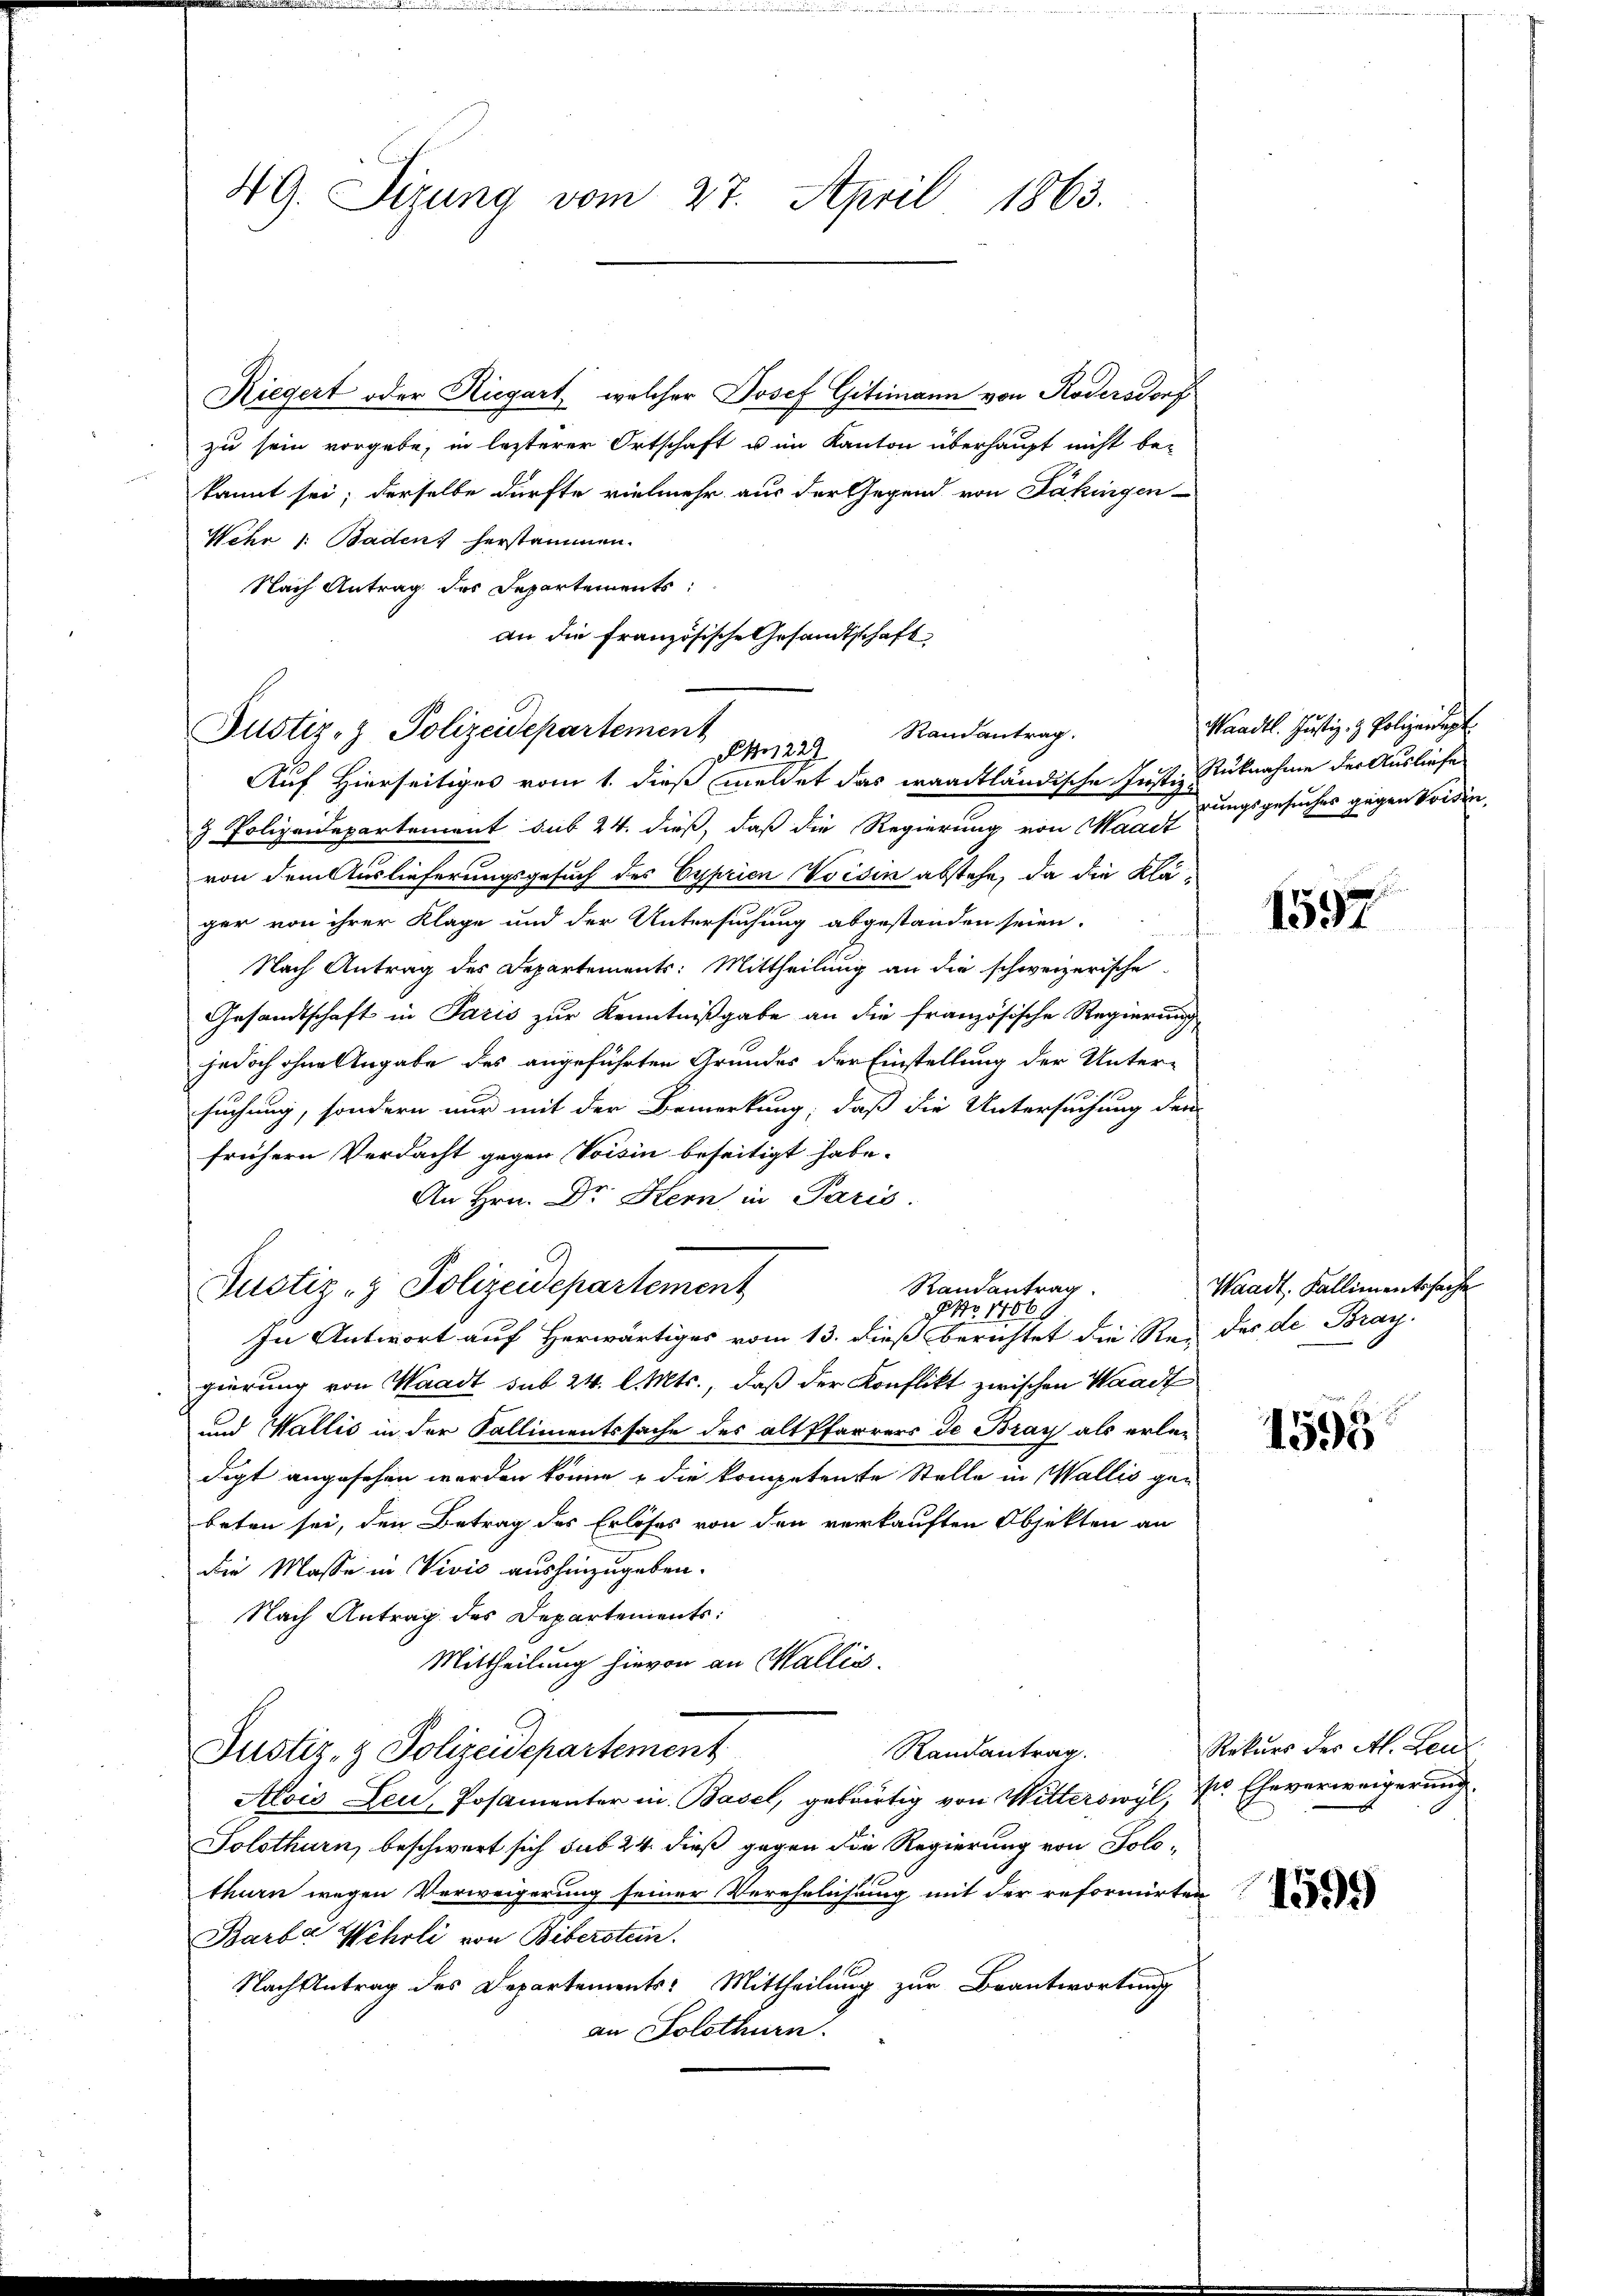
49. Sizung vom 27. April 1863.

Riegert oder Riegart, welcher Josef Gitimann von Rödersdorf
zu sein vorgebe, in lezterer Ortschaft u im Kanton überhaupt nicht be-
kannt sei; derselbe dürfte vielmehr aus der Gegend von Säkingen
Wehr 1. Baden, herstammen.
Nach Antrag des Departements:
an die französische Gesandtschaft
Justiz- & Polizeidepartement
Auf Hierseitiges vom 1. dieß meldet das waadtländische Justiz-
9 Polizeidepartement sub 24. dieß, daß die Regierung von Waadt
von dem Auslieferungsgesuch des Cyprien Voisin abstehe, da die Kläger von ihrer Klage und der Untersuchung abgestanden seien.
Nach Antrag des Departements: Mittheilung an die schweizerische
Gesandtschaft in Paris zur Kenntnißgabe an die französische Regierung
jedoch ohne Angabe des angeführten Grundes der Einstellung der Unter-
suchung, sondern nur mit der Bemerkung, daß die Untersuchung der
frühern Verdacht gegen Voisin beseitigt habe.
An Hrn. Dr Kern in Paris.
Randantrag
Rustiz- & Polizeidepartement
 No. 17069
In Antwort auf Herwärtiges vom 13. dieß berichtet die Res des de Bray.
gierung von Waadt sub 24. l. Mts., daß der Konflikt zwischen Waadt
und Wallis in der Kallimentssache des alt Pfarrers de Bray als erledigt angesehen worden könne & die kompetente Stelle in Wallis gen
beten sei, den Betrag des Erlöses von den verkauften Objekten an
die Masse in Vivić aushinzugeben.
Nach Antrag des Departements:
Mittheilung hievon an Wallis.
Randantrag.
Justiz- & Polizeidepartement
Alois Leu, Posamenter in Basel, gebürtig von Witterswyl, Pr. Eheverweigerung
Solothurn, beschwert sich sub 24. dieß gegen die Regierung von Solothurn wegen Verweigerung seiner Verehelichung mit der reformirten
Barbar Wehrli von Biberstein.
Nach Antrag des Departements: Mittheilung zur Beantwortung
an Solothurn.

Randantrag.
1279

Waadt. Justiz- & Polizeidigt
Rüknahme der Ausliefe
rungsgesuches gegen Vorsin

1597

Waadt. Kallimentssache

1595

Rekurs der A. Heu

1599